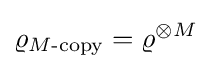
\varrho _{M{\text{-copy}}}=\varrho ^{\otimes M}